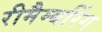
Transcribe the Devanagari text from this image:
रीमैम्बरिंग